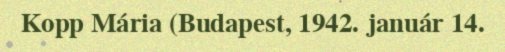
Kopp Mária (Budapest, 1942. január 14.